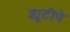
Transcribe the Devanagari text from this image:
ड्यूटीपे